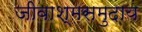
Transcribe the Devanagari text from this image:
जीवाश्मसमुदाय